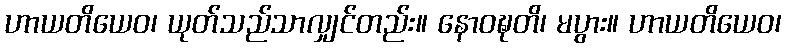
ဟာယတိယေဝ၊ ယုတ်သည်သာလျှင်တည်း။ နောဝဍ္ဎတိ၊ မပွား။ ဟာယတိယေဝ၊